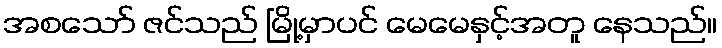
အစသော် ဇင်သည် မြို့မှာပင် မေမေနှင့်အတူ နေသည်။